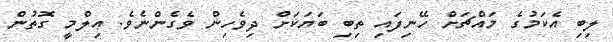
ލިބި އެކަމުގެ މައްޗަށް ހޭނިފައި ތިބި ބަޔަކަށް ދިވެހިން ވެގެންނެވެ. ޢިލްމީ ގޮތުން